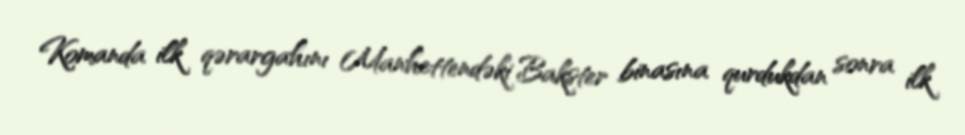
Komanda ilk qərargahını Manhettendəki Bakster binasına qurdukdan sonra ilk